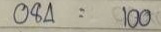
084 = 100